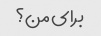
برای من؟